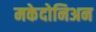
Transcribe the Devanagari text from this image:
मकेदोनिअन